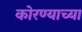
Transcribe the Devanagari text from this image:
कोरण्याच्या